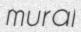
mural